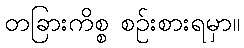
တခြားကိစ္စ စဉ်းစားရမှာ။